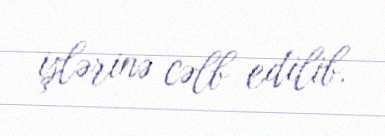
işlərinə cəlb edilib.